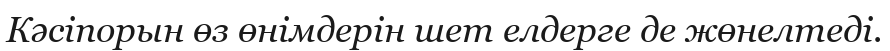
Кәсіпорын өз өнімдерін шет елдерге де жөнелтеді.